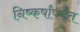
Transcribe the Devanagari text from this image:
निष्कर्षांपर्यंत